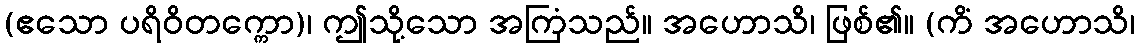
(ဧသော ပရိဝိတက္ကော)၊ ဤသို့သော အကြံသည်။ အဟောသိ၊ ဖြစ်၏။ (ကိံ အဟောသိ၊